Vaccination United Provinces of Agra and Oudh 1902-1913 - 1902-1913
Year: 1902
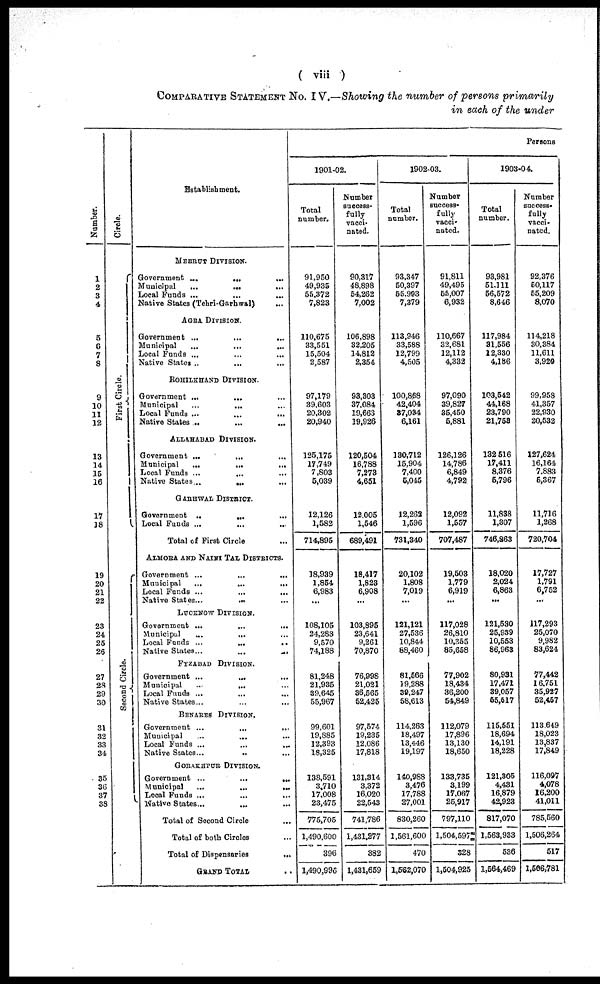
( viii )
COMPARATIVE STATEMENT No. IV.—Showing the number of persons primarily
in each of the under
Number.
1
2
3
4
5
6
7
8
9
10
11
12
13
14
15
16
17
18
19
20
21
22
23
24
25
26
27
28
29
30
31
32
33
34
35
36
37
38
Circle.
First Circle.
Second Circle.
Establishment.
MEERUT DIVISION.
Government ...
...
...
Municipal
...
... ...
Local Funds ... ... ...
Native States (Tehri-Garhwal) ...
AGRA DIVISION.
Government ...
...
...
Municipal ... ... ...
Local Funds ... ... ...
Native States ... ... ...
ROHILKHAND DIVISION.
Government ...
... ...
Municipal
...
... ...
Local Funds ...
...
...
Native States
...
...
...
ALLAHABAD DIVISION.
Government ...
...
...
Municipal
...
...
...
Local Funds ...
Native States...
... ...
GARHWAL DISTRICT.
Govomment
...
...
...
Local Funds ... ... ...
Total of First Circle ...
ALMORA AND NAINI TAL DISTRICTS.
Government ...
...
...
Municipal
...
...
...
Local Funds ... ... ...
Native States...
... ...
LUCKNOW DIVISION.
Govomment ... ... ...
Municipal ... ... ...
Local Funds ...
...
...
Native States...
...
...
FYZABAD DIVISION.
Government ...
... ...
Municipal
...
... ...
Local Funds ... ... ...
Native States... ... ...
BENARES DIVISION.
Government ...
...
...
Municipal ... ... ...
Local Funds ...
...
...
Native States...
... ...
GORAKHPUR DIVISION.
Government ...
...
...
Municipal
...
...
...
Local Funds ... ... ...
Native States... ... ...
Total of Second Circle ...
Total of both Circles ...
Total of Dispensaries
...
GRAND TOTAL ...
Persons
1901-02.
Total
number.
91,950
49,935
55,372
7,823
110,675
33,551
15,504
2,587
97,179
39,603
20,302
20,940
125,175
17,749
7,803
5,039
12,126
1,582
714,895
18,939
1,854
6,983
...
108,105
24,283
9,570
74,188
81,248
21,935
39,645
55,967
99,601
19,885
12,393
18,325
138,591
3,710
17,008
23,475
775,705
1,490,600
396
1,490,996
Number
success-
fully
vacci-
nated.
90,317
48,898
54,262
7,002
106,898
32,205
14,812
2,354
93,303
37,084
19,663
19,926
120,504
16,788
7,273
4,651
12,005
1,546
689,491
18,417
1,823
6,908
...
103,895
23,641
9,261
70,870
76,998
21,021
36,565
52,425
97,574
19,235
12,086
17,818
131,314
3,372
16,020
22,543
741,786
1,431,277
382
1,431,659
1902-03.
Total
number.
93,347
50,397
55,903
7,379
113,946
33,588
12,799
4,505
100,868
42,404
37,034
6,161
130,712
15,904
7,400
5,045
12,262
1,596
731,340
20,102
1,808
7,019
...
121,121
27,536
10,844
88,460
81,566
19,288
39,247
58,613
114,263
18,497
13,446
19,197
140,988
3,476
17,788
27,001
830,260
1,561,600
470
1,562,070
Number
success¬
fully
vacci-
nated.
91,811
49,495
55,007
6,932
110,667
32,681
12,112
4,332
97,090
39,827
35,450
5,881
126,126
14,786
6,849
4,792
12,092
1,557
707,487
19,503
1,779
6,919
...
117,028
26,810
10,355
85,658
77,902
18,434
36,200
54,849
112,079
17,896
13,130
18,650
133,735
3,199
17,067
25,917
797,110
1,504,597
328
1,504,925
1903-04.
Total
number.
93,981
51,111
56,572
8,646
117,984
31,556
12,330
4,186
103,542
44,168
23,790
21,758
132 516
17,411
8,376
5,796
11,838
1,307
746,863
18,020
2,024
6,863
...
121,530
25,939
10,553
86,963
80,931
17,471
39,057
55,517
115,551
18,694
14,191
18,228
121,305
4,431
16,879
42,923
817,070
1,563,933
536
1,564,469
Number
success-
fully
vacci-
nated.
92,376
50,117
55,209
8,070
114,218
30,384
11,611
3,920
99,958
41,357
22,930
20,532
127,624
16,164
7,883
5,367
11,716
1,268
720,704
17,727
1,791
6,752
...
117,293
25,070
9,982
83,624
77,442
16,751
35,927
52,457
113,649
18,023
13,837
17,849
116,097
4,078
16,200
41,011
785,560
1,506,264
517
1,506,781